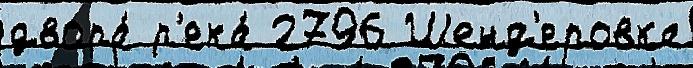
двора́ р'ека́ 2796 Шенд'еровка